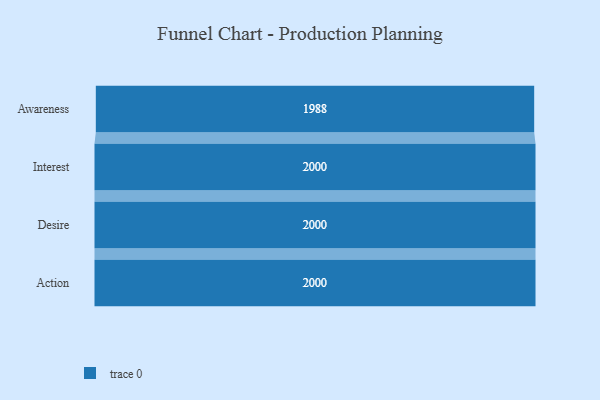
{"axis": {"x": "Stage", "y": "Value"}, "legend": [""], "data": [{"x": "Awareness", "y": 1988.0, "type": ""}, {"x": "Interest", "y": 2000, "type": ""}, {"x": "Desire", "y": 2000, "type": ""}, {"x": "Action", "y": 2000, "type": ""}]}